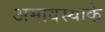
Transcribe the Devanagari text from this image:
अमावस्याके